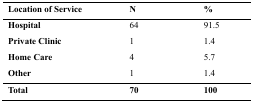
<table><thead><tr><td><b>Location of Service</b></td><td><b>N</b></td><td><b>%</b></td></tr></thead><tbody><tr><td><b>Hospital</b></td><td>64</td><td>91.5</td></tr><tr><td><b>Private Clinic</b></td><td>1</td><td>1.4</td></tr><tr><td><b>Home Care</b></td><td>4</td><td>5.7</td></tr><tr><td><b>Other</b></td><td>1</td><td>1.4</td></tr><tr><td><b>Total</b></td><td><b>70</b></td><td><b>100</b></td></tr></tbody></table>